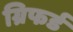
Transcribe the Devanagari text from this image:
ग्रिफर्ड